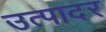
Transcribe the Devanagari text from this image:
उत्पादर